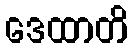
ဒေထာတိ